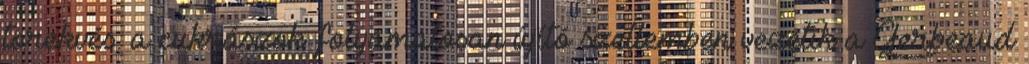
törekvés. a cukrászok folyamatosan újító szellemben vezetik a Gerbeaud